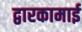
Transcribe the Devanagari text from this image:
द्वारकामाई